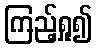
ကြည့်ရှု၍